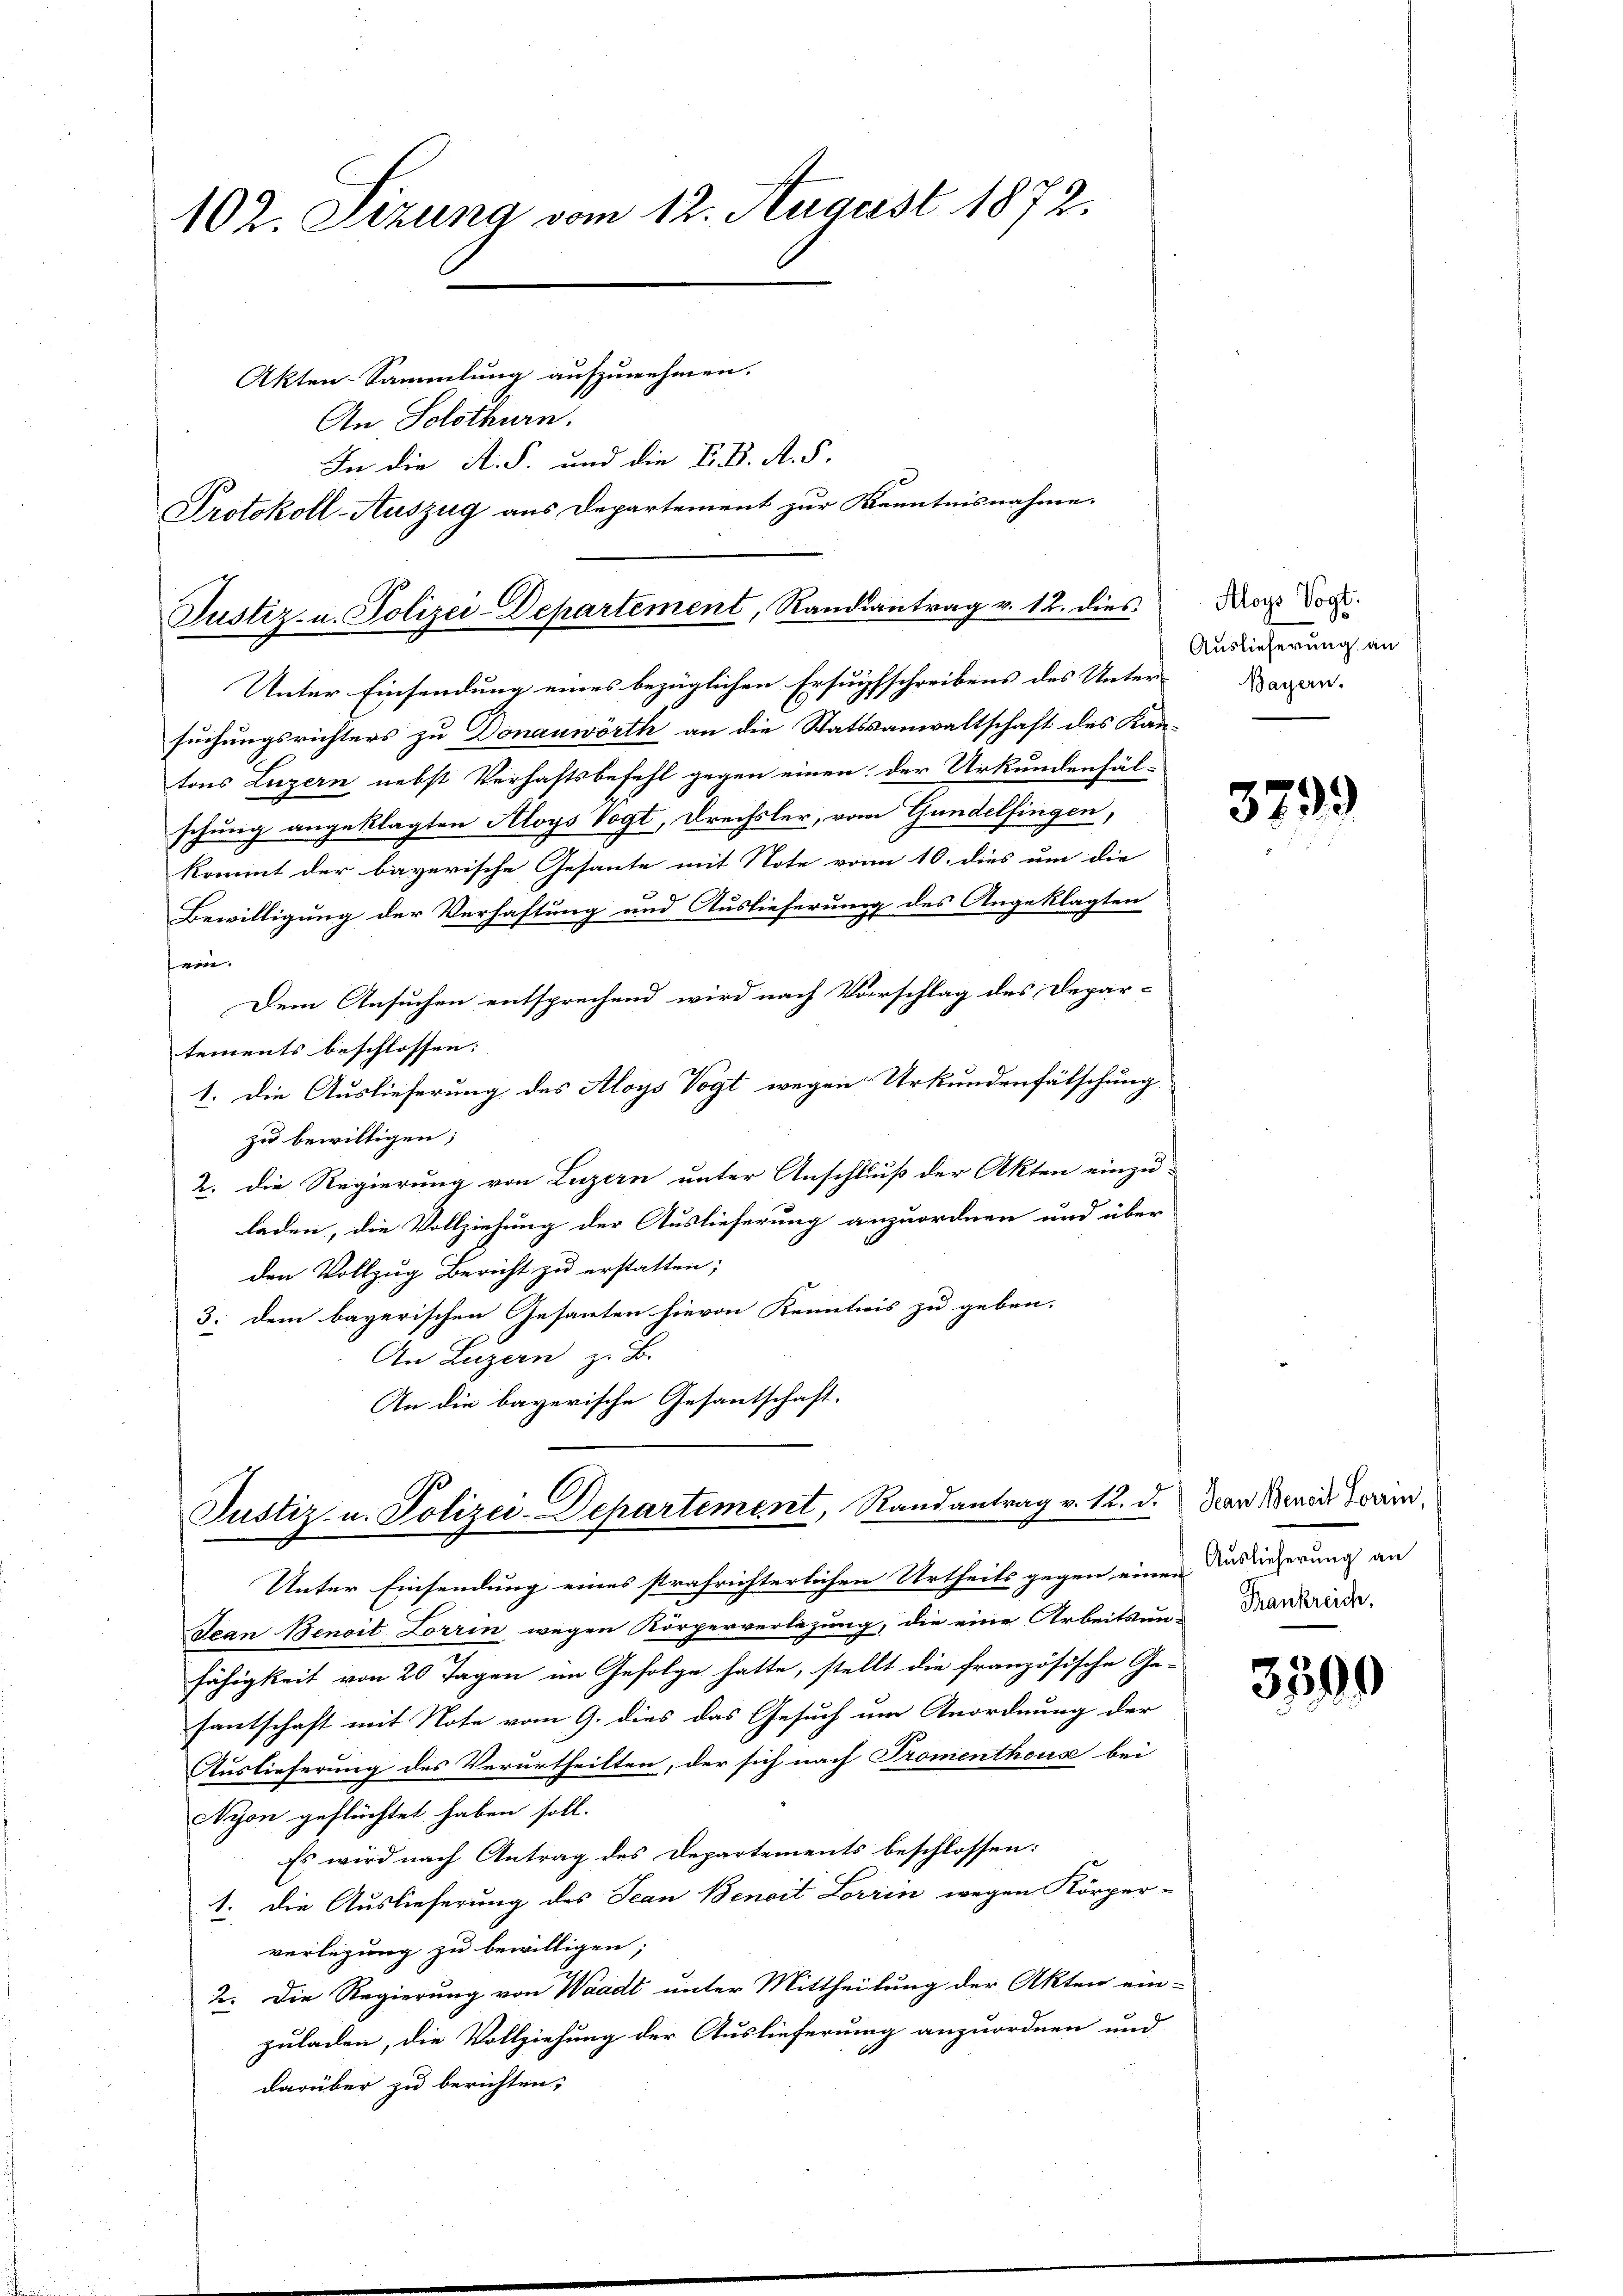
102. Sizung vom 12. August 1872.
Akten-Sammlung aufzunehmen.

An Solothurn.
In die A. S. und die K. K. A. S.
Protokoll-Auszug aus Departement zur Kenntnisnahme.

Justiz- u. Polizei-Departement, Randiantrag v. 12. dies

Unter Einsendung eines bezüglichen Ersuchsschreibens des Unter-
suchungsrichters zu Donauwörth an die Stattsanwaltschaft des Kantons Luzern nebst Verhaftsbefehl gegen einen der Urkundenfäl-
schung angeklagten Aloys Vogt, Drechsler, vom Gandelfingen,
kommt der bayerische Gesante mit Note von 10. dies um die
Bewilligung der Verhaftung und Auslieferung des Angeklagten
ein.
Dem Ansuchen entsprechend wird nach Vorschlag des Depar-
tements beschlossen:
1. Die Auslieferung des Aloys Vogt wegen Urkundenfälschung
zu bewilligen;
2. die Regierung von Luzern unter Anschluß der Akten einzu-
laden, die Vollziehung der Auslieferung anzuordnen und über
den Vollzug Bericht zu erstatten;
3. dem bayerischen Gesanten hievon Kenntnis zu geben.
An Luzern z. B.
An die bayerische Gesantschaft.

l
Justiz- u. Polizei-Departement, Randantrag v. 12. d.

Aloys Vogt.
Auslieferung an
Bayern.

Unter Einsendung eines strafrichterlichen Urtheils gegen einen Bedingerung an
Sean Benoit Lorrin wegen Körperverlegung, die eine Arbeitsun-Trankreide
fähigkeit von 20 Tagen im Gefolge hatte, stellt die französische Ge-
santschaft mit Note vom 9. dies das Gesuch um Anordnung der
Auslieferung des Verurtheilten, der sich nach Promenthous bei
Nyon geflüchtet haben soll.
Es wird nach Antrag des Departements beschlossen:
1. Die Auslieferung des Jean Benoit Lorrin wegen Körper-
verlegung zu bewilligen;
2. Die Regierung von Waadt unter Mittheilung der Akten ein-
zuladen, die Vollziehung der Auslieferung anzuordnen und
darüber zu berichten,

3799

Jean Benoit Lorrin,

3599